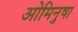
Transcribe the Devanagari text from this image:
ओमिनुषा